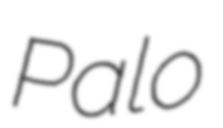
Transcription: Palo